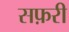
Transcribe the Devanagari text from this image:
सफ़री